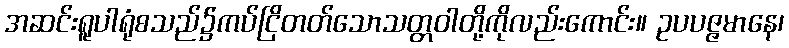
အဆင်းရူပါရုံစသည်၌ကပ်ငြိတတ်သောသတ္တဝါတို့ကိုလည်းကောင်း။ ဥပပဇ္ဇမာနေ၊